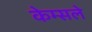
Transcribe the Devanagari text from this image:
केम्सले